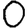
Digit: 0